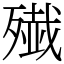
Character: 𫞔